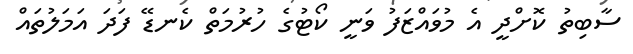
ސާބިތު ކޮށްދީ އެ މުވައްޒަފު ވަނީ ކޯޓުގެ ހުރުމަތް ކެނޑޭ ފަދަ އަމަލުތައް